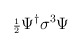
\begin{align*}{\scriptstyle \frac{1}{2}}\Psi^{\dagger}\sigma ^{3}\Psi\end{align*}